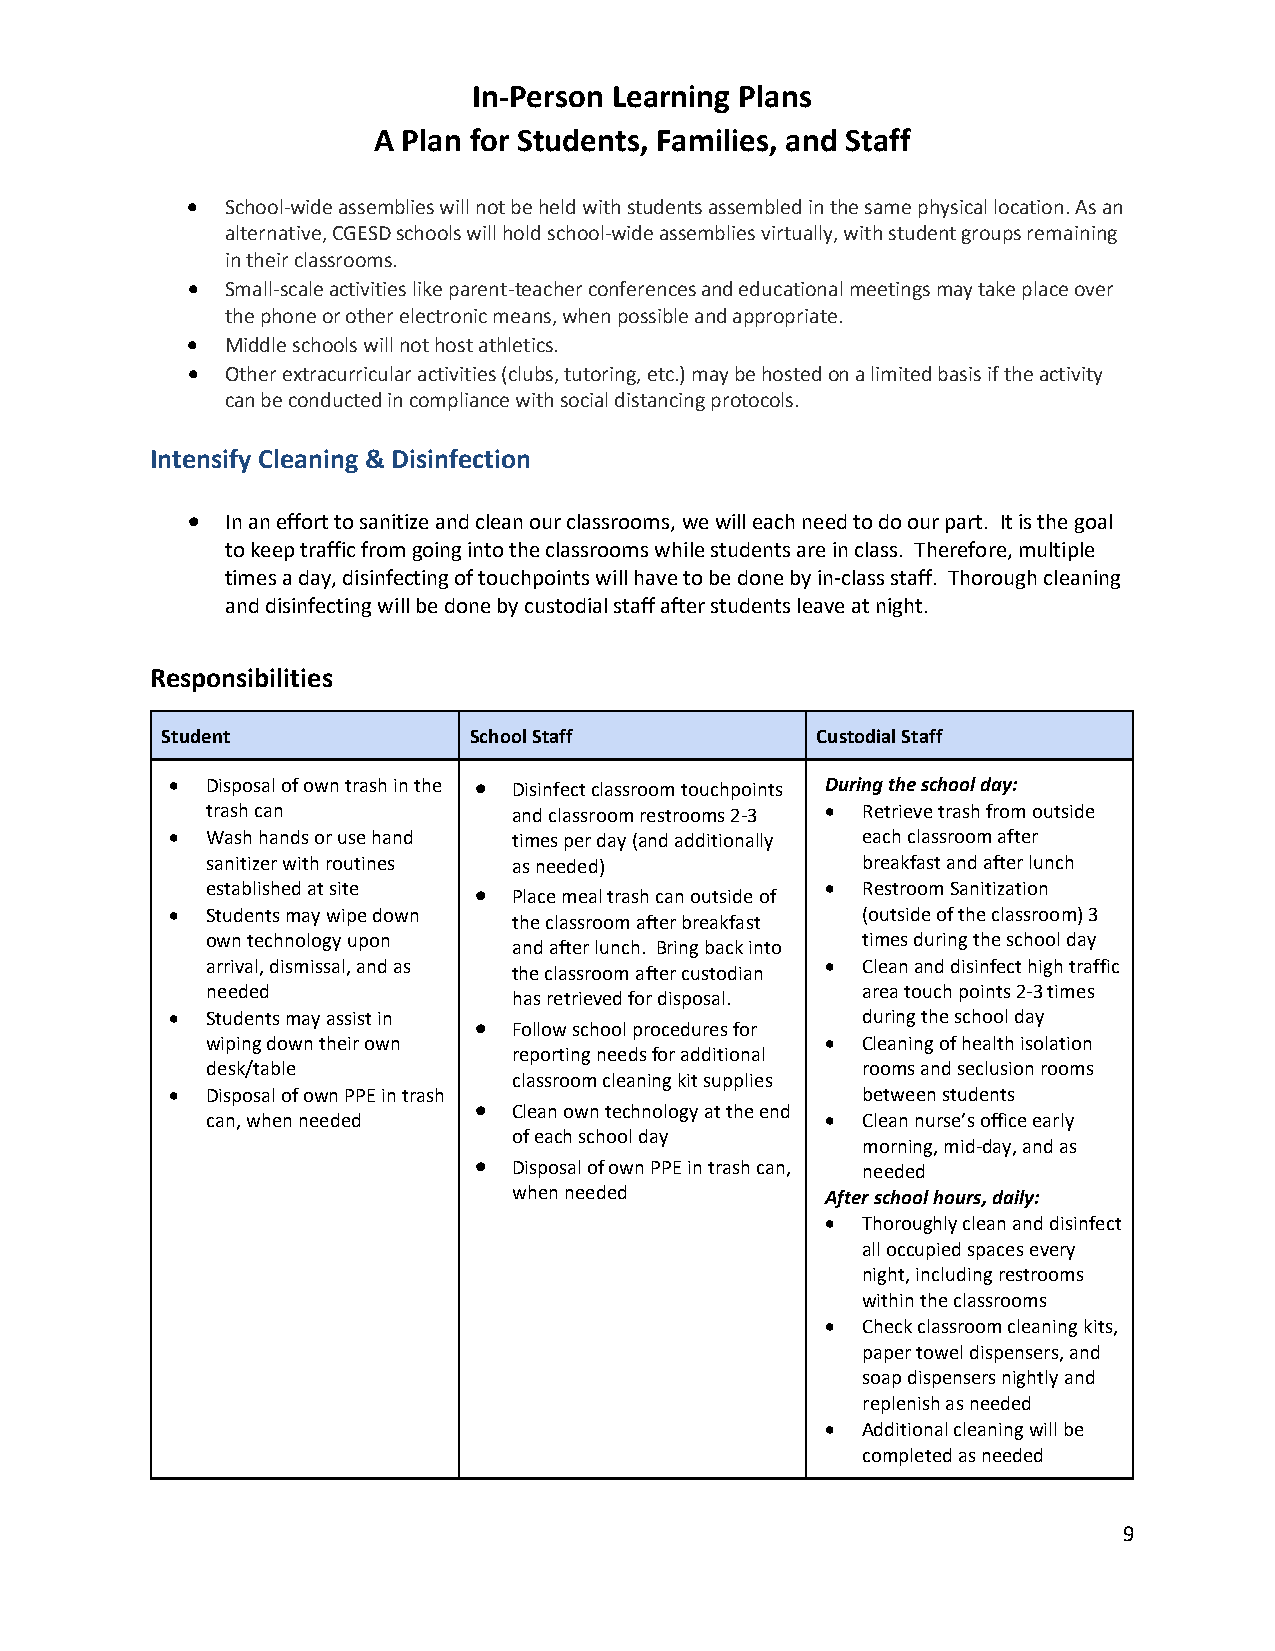
In-Person Learning Plans
 A Plan for Students, Families, and Staff
 •  School-wide assemblies will not be held with students assembled in the same physical location. As an
 alternative, CGESD schools will hold school-wide assemblies virtually, with student groups remaining
 in their classrooms.
 •  Small-scale activities like parent-teacher conferences and educational meetings may take place over
 the phone or other electronic means, when possible and appropriate.
 •  Middle schools will not host athletics.
 •  Other extracurricular activities (clubs, tutoring, etc.) may be hosted on a limited basis if the activity
 can be conducted in compliance with social distancing protocols.
 Intensify Cleaning & Disinfection
 •  In an effort to sanitize and clean our classrooms, we will each need to do our part. It is the goal
 to keep traffic from going into the classrooms while students are in class. Therefore, multiple
 times a day, disinfecting of touchpoints will have to be done by in-class staff. Thorough cleaning
 and disinfecting will be done by custodial staff after students leave at night.
 Responsibilities
 Student             School Staff           Custodial Staff
 •  Disposal of own trash in the • Disinfect classroom touchpoints During the school day:
 trash can           and classroom restrooms 2-3 • Retrieve trash from outside
 •  Wash hands or use hand times per day (and additionally each classroom after
 sanitizer with routines as needed)         breakfast and after lunch
 established at site • Place meal trash can outside of • Restroom Sanitization
 •  Students may wipe down                     (outside of the classroom) 3
 the classroom after breakfast
 own technology upon                        times during the school day
 and after lunch. Bring back into
 arrival, dismissal, and as               • Clean and disinfect high traffic
 the classroom after custodian
 needed
 has retrieved for disposal.
 area touch points 2-3 times
 •  Students may assist in • Follow school procedures for during the school day
 wiping down their own                    • Cleaning of health isolation
 reporting needs for additional
 desk/table                                 rooms and seclusion rooms
 classroom cleaning kit supplies
 •  Disposal of own PPE in trash               between students
 •  Clean own technology at the end
 can, when needed                         • Clean nurse’s office early
 of each school day
 morning, mid-day, and as
 •  Disposal of own PPE in trash can, needed
 when needed          After school hours, daily:
 • Thoroughly clean and disinfect
 all occupied spaces every
 night, including restrooms
 within the classrooms
 • Check classroom cleaning kits,
 paper towel dispensers, and
 soap dispensers nightly and
 replenish as needed
 • Additional cleaning will be
 completed as needed
 9